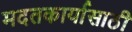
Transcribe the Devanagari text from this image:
मदतकार्यासाठी